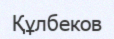
Құлбеков